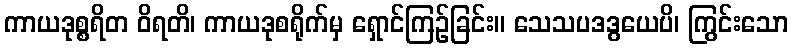
ကာယဒုစ္စရိတ ဝိရတိ၊ ကာယဒုစရိုက်မှ ရှောင်ကြဉ်ခြင်း။ သေသပဒဒွယေပိ၊ ကြွင်းသော